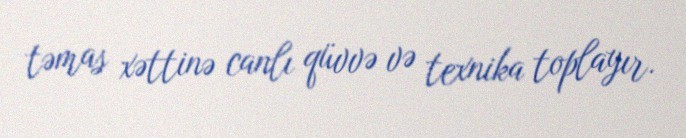
təmas xəttinə canlı qüvvə və texnika toplayır.